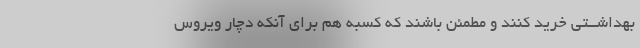
بهداشــتى خرید کنند و مطمئن باشند که کسبه هم براى آنکه دچار ویروس